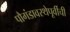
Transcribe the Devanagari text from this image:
पौगंडावस्थेपूर्वीची